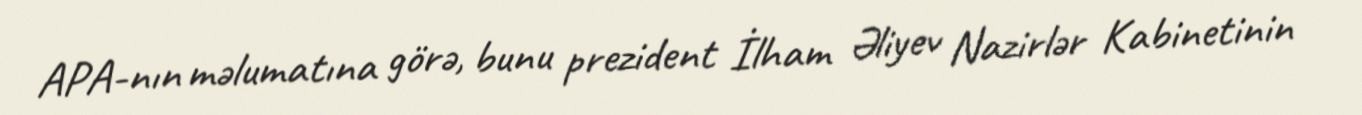
APA-nın məlumatına görə, bunu prezident İlham Əliyev Nazirlər Kabinetinin